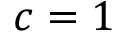
c = 1